Vital statistics of India. Vol. V, Reports of 1876 on armies & jails and on epidemic cholera
Year: 1876
Disease focus: Cholera
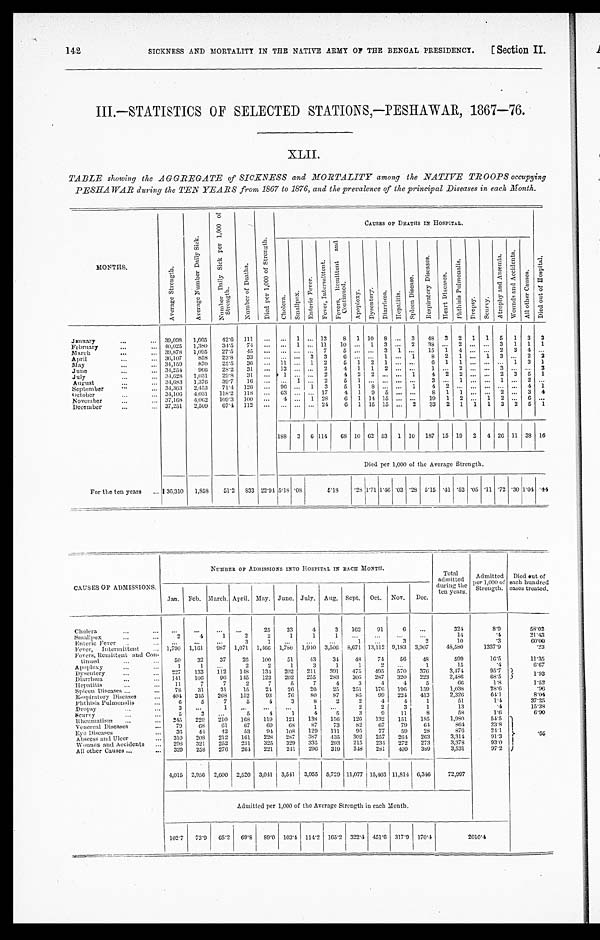
SICKNESS AND MORTALITY IN THE NATIVE ARMY OF THE BENGAL PRESIDENCY.
(Section II.
III.—STATISTICS OF SELECTED STATIONS,—PESHAWAR, 1867—76.
XLII.
TABLE showing the AGGREGATE of SICKNESS and MORTALITY among the NATIVE TROOPS occupying
PESHAWAR during the TEN YEARS from 1867 to 1876, and the prevalence of the principal Diseases in each Month.
MONTHS.
A v e r a g e s t r e n g t h .
A v e r a g e N u m b e r D a i l y D i s k .
N u m b e r D a i l y S i c k p e r 1 , 0 0 0 o f S t r e n g t h .
N u m b e r o f D e a t h s .
D i e d p e r 1 , 0 0 0 o f S t r e n g t h .
CAUSES OF DEATHS IN HOSPITAL.
Di e d o u t o f Ho s p i t a l .
C h o l e r a .
S m a l l p o x .
E n t e r i c F e v e r .
F e v e r , I n t e r m i t t e n t .
F e v e r s , R e m i t t e n t a n d C o n t i n u e d .
A p o p l e x y .
D y s e n t e r y .
D i a r r h œ a .
H e p a t i t i s .
S p l e e n D i s e a s e .
R e s p i r a t o r y D i s e a s e s .
He a r t Di s e a s e s .
P h t h i s i s P u l m o n a l i s .
D r o p s y .
S c u r v y .
A t r o p h y a n d A n æ m i a .
W o u n d s a n d A c c i d e n t s .
A l l o t h e r C a u s e s .
January . . . 39,098
1,665
42.6
111
. . .
. . . 1
. . . 13
8
1 10
8
. . . 3
48
3
2
1
1
5
1
3
3
40,025
1,380
34.5
74
. . .
. . . 1
. . . 11
10
. . . 1
3
. . . 2
38 . . .
2
. . .
. . . 3
1
1
1
February . . .
39,878
1,095
27.5
45
. . .
. . .
. . .
. . . 7
5
. . .
. . . 3
1
. . .
15
1
4
. . .
. . . 2
3
4 . . .
March . . .
36,107
858
23.8
33
. . .
. . .
. . . 3
3
6
. . .
. . . 1
. . . 1
8
2
1
. . . 1
3 . . .
2
2
April . . .
34,159
870
25.5
36
. . .
11
. . . 1
2
5
1
2
1
. . .
. . .
6
1
1
. . .
. . .
. . . 1
3
1
May . . . 34,254
9 6 6
28.2
31
. . .
13
. . .
. . . 2
4
1
1
2
. . .
. . .
1 . . .
2
. . .
. . .
3 . . .
. . .2
June . . .
34,628
1,031
29.8
31
. . .
1
. . .
. . . 2
4
2
2
. . .
. . . 1
4
2
2
. . .
. . . 2
3
5
1
July . . .
37,683
1,376
39.7
16
. . .
. . . 1
. . . 2
5
1
. . .
. . .
. . .
. . .
3 . . .
1
. . .
. . .
1 . . .
2 . . .
August . . .
34,363
2,453
71.4
126
. . .
96
. . . 1
3
5
1
8
. . .
. . . 1
4
2
. . .
. . .
. . .
. . . . . . 4
1
September . . .
34,106
4,031
118.2
118
. . .
63
. . .
. . . 17
4
1
9
5
. . .
. . .
8
1
1
. . .
. . . 2 . . .
3
4
O c t o b e r . . .
37,168
4,062
109.3
100
. . . 4
. . . 1
28
6 1
14 15
. . .
. . .
19
1
2
. . . 1
2 . . .
6 . . .
November. . .
37,251
2,509
67.4
112
. . .
. . .
. . .
. . . 24
6
1 15 15
. . . 2
33
2
1
1
1
3
2
5
1
December . . .
1 8 8 3
6 114
6 8 10 62 53
1 10
187 15 19
2
4 26 11 38 16
Died per 1,000 of the Average Strength.
For the ten years . . . 36,310
1,858
51.2
833 22.9
4
5.18
. 0 8
5.18
. 2 8
1.71 1.46 .03 .28 5.15 .41 .52 .05 .11 .72 .30 1.04 .44
CAUSES OF ADMISSIONS.
NUMBER OF ADMISSIONS INTO HOSPITAL IN EACH MONTH.
Total
admitted
d u r i n g
the years.
Admitted
per 1,000 of
Strength.
Died out of
each hundred
cases treated.
Jan.
Feb. March. April. May. June. July.
Aug. Sept.
Oct.
Nov.
Dec.
Cholera . . .
. . .
. . .
. . .
. . .
25
33
4
3
162
91
6
. . .
324
8.9
58.02
2
4
1
2
2
1
1
1
. . .
. . .
. . .
. . .
14
.4
21.43
Smallpox . . .
. . .
. . .
. . .
3
1
. . .
. . .
. . .
1
. . .
3
2
10
.3
6 0 . 0 0
Enteric Fever . . .
1,790
1,161
987
1,071
1,466
1,786
1,940
3,506
8,671 13,112 9,183
3,907
48,580
1337.9
.23
Fever, Intermittent . . .
Fevers, Remittent and Con
-tinued . . .
50
32
37
26
100
51
4 3
3 4
48
74
56
48
599
16.5
11.35
Apoplexy . . .
1
1
. . .
2
2
1
3
1
1
2
. . .
1
15
.4
6.67
227
133
112
148
134
202
211
391
475
495
570
376
3,474
95.7
1.93
Dysentery . . .
141
106
9 6
145
123
202
255
283
305
287
320
223
2,486
68.5
Diarrhœa . . .
11
7
7
2
7
5
7
4
3
4
4
5
6
1.8
1.52
Hepatitis . . .
78
31
31
15
24
26
20
25
251
176
196
159
1,038
28.6
.96
Spleen Diseases . . .
404
345
268
152
93
76
80
87
85
99
224
413
2,326
6 4 . 1
8 . 0 4
Respiratory Diseases . . .
6
5
7
5
4
3
8
2
2
4
4
1
51
1.4
37.25
Phthisis Pulmonalis . . .
Dropsy . . .
3
. . .
1
. . .
. . .
. . .
1
. . .
2
2
3
1
13
.4
1 5 . 3 8
5
3
. . .
5
4
1
4
5
3
9
11
8
58
1.6
6.90
Scurvy . . .
2.45
229
210
168
119
121
138
156
126
132
151
185
1,980
54.5 .65
Rheumatism . . .
79
68
61
67
69
68
87
73
82
67
79
64
864
23.8
Venereal Diseases . . .
36
44
42
53
94
108
129
1ll
95
77
59
28
876
24.1
Eve Diseases . . .
310
208
212
161
228
287
387
435
302
257
264
263
3,314
91.3
Abscess and Ulcer . . .
298
321
252
231
325
329
335
293
215
234
272
273
3,378
93.0
Wounds and Accidents . . .
329
258
276
264
221
241
296
319
248
281
409
389
3,531
97.2
A11 other Causes . . .
4,015
2,956
2,600
2,520
3,041
3,541
3,955
5,729 11,077 15,403 11,814 6,346
72,997
Admitted per 1,000 of the Average Strength in each Month.
102.7
73.9
65.2
69.8 89.0
103.4
114.2. 165.2 322.4 451.6 317.9
170.4
2010.4
142